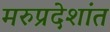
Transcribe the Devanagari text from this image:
मरुप्रदेशांत